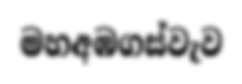
මහඅඹගස්වැව